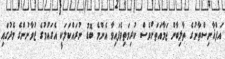
އަފްޣާނިސްތާނުގެ ތާލިބާން ޖަމާއަތަށްވެސް ކުރިމަތިވެފައިވާ އެންމެ ބޮޑު ނުރައްކަލަކީ އެގައުމުގެ ޒުވާނުންގެ މެދުގައި